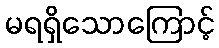
မရရှိသောကြောင့်